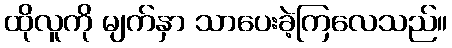
ထိုလူကို မျက်နှာ သာပေးခဲ့ကြလေသည်။